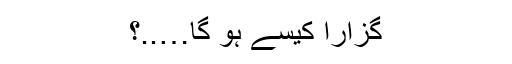
گزارا کیسے ہو گا…..؟